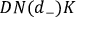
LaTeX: D N ( d _ { - } ) K